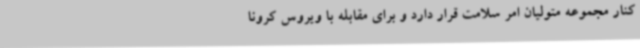
کنار مجموعه متولیان امر سلامت قرار دارد و برای مقابله با ویروس کرونا